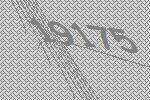
19175